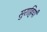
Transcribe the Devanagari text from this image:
सुराहियाँ